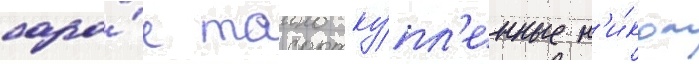
сара́е таино ку́пл'енные н'и́ком